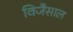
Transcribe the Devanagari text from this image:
विजैसाल